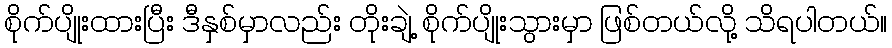
စိုက်ပျိုးထားပြီး ဒီနှစ်မှာလည်း တိုးချဲ့ စိုက်ပျိုးသွားမှာ ဖြစ်တယ်လို့ သိရပါတယ်။